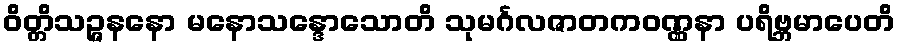
ဝိတ္တိသဉ္ဇနနော မနောသန္ဒောသောတိ သုမင်္ဂလဇာတကဝဏ္ဏနာ ပရိဗ္ဘမာပေတိ